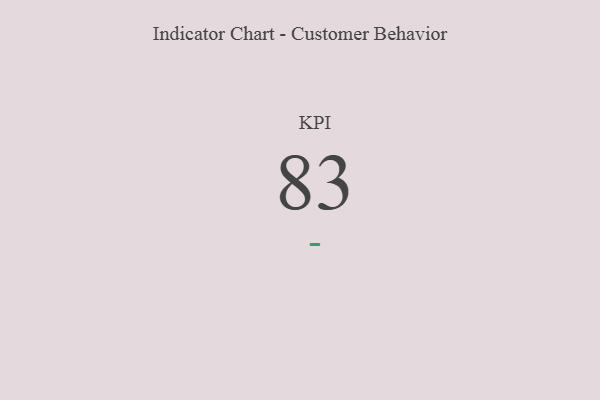
{"axis": {"x": "KPI", "y": "Value"}, "legend": [""], "data": [{"x": "KPI", "y": 83, "type": ""}]}